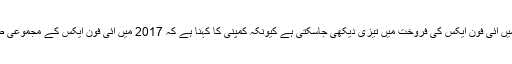
توقع کی جارہی ہے کہ آنے والے دنوں میں آئی فون ایکس کی فروخت میں تیزی دیکھی جاسکتی ہے کیونکہ کمپنی کا کہنا ہے کہ 2017 میں آئی فون ایکس کے مجموعی طور پر 3 کروڑ سیٹس بنائے جائیں گے۔